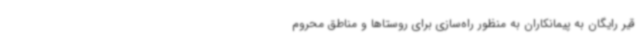
قیر رایگان به پیمانکاران به منظور راه‌سازی برای روستاها و مناطق محروم